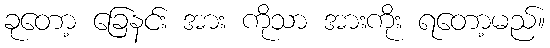
ခုတော့ ခြေနင်း အား ကိုသာ အားကိုး ရတော့မည်။